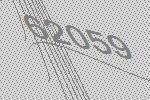
62059